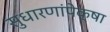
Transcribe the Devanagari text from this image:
सुधारणांपेक्षा